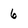
Character: 6